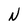
Character: N